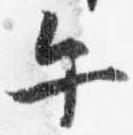
午